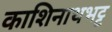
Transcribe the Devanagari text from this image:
काशिनाथभट्ट